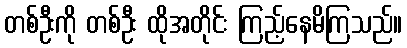
တစ်ဦးကို တစ်ဦး ထိုအတိုင်း ကြည့်နေမိကြသည်။